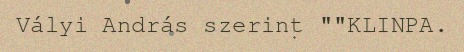
Vályi András szerint ""KLINPA.